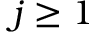
j \geq 1